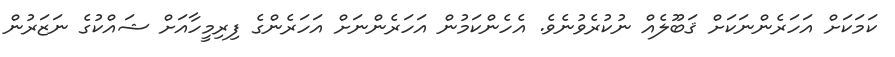
ކަމަކަށް އަހަރެންނަކަށް ޤަބޫލެއް ނުކުރެވުނެވެ. އެހެންކަމުން އަހަރެންނަށް އަހަރެންގެ ފިރިމީހާއަށް ޝައްކުގެ ނަޒަރުން